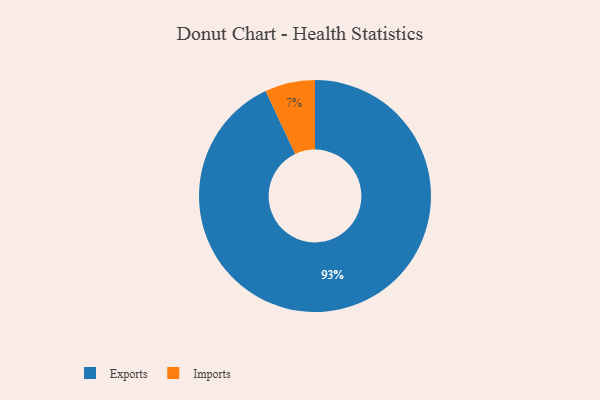
{"axis": {"x": "Category", "y": "Percentage"}, "legend": ["Exports", "Imports"], "data": [{"x": "Exports", "y": 93, "type": "Exports"}, {"x": "Imports", "y": 7, "type": "Imports"}]}